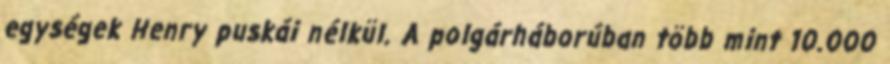
egységek Henry puskái nélkül. A polgárháborúban több mint 10.000